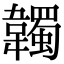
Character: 韣